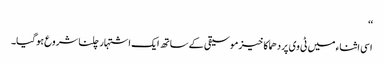
‘‘
اسی اثناء میں ٹی وی پر دھماکا خیز موسیقی کے ساتھ ایک اشتہار چلنا شروع ہوگیا۔